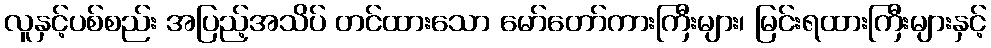
လူနှင့်ပစ်စည်း အပြည့်အသိပ် တင်ထားသော မော်တော်ကားကြီးများ၊ မြင်းရထားကြီးများနှင့်